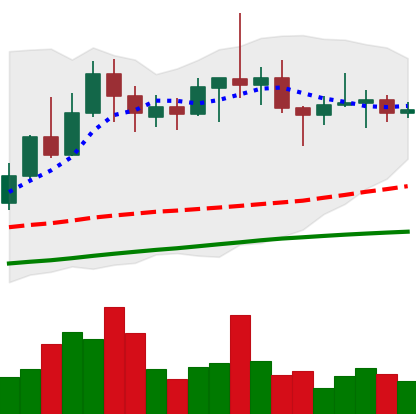
Ticker: TRX-USD
Chart end date: 2022-06-09
Forward return: -31.108%
Label: down_7plus